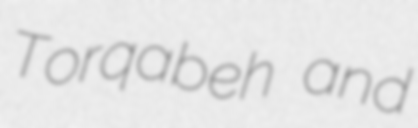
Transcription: Torqabeh and